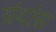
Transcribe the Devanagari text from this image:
ग्रंथांस